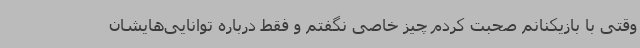
وقتی با بازیکنانم صحبت کردم چیز خاصی نگفتم و فقط درباره توانایی‌هایشان